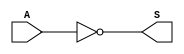
module ls04(
input [7:0]A,
output reg [7:0]S
);

always@(*)
begin
	S <= ~A;
end
endmodule